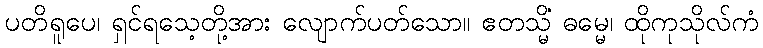
ပတိရူပေ၊ ရှင်ရသေ့တို့အား လျောက်ပတ်သော။ ဧတသ္မိံ ဓမ္မေ၊ ထိုကုသိုလ်ကံ